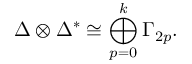
\Delta \otimes \Delta ^ { * } \cong \bigoplus _ { p = 0 } ^ { k } \Gamma _ { 2 p } .